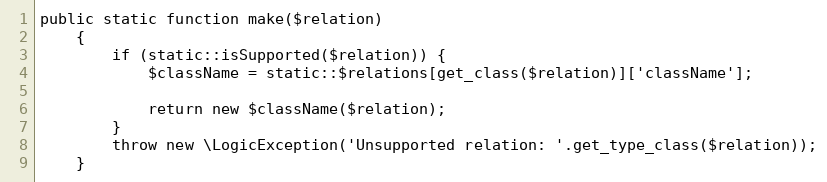
Language: PHP
public static function make($relation)
    {
        if (static::isSupported($relation)) {
            $className = static::$relations[get_class($relation)]['className'];

            return new $className($relation);
        }
        throw new \LogicException('Unsupported relation: '.get_type_class($relation));
    }